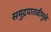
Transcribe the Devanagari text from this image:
समुद्रपातळीमुळे